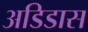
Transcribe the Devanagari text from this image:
अडिडास